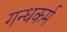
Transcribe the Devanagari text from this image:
गन्धकर्म